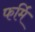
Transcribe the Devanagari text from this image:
फर्मि